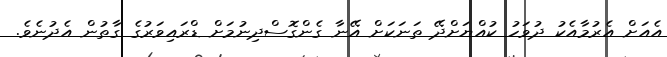
އެއަށް އެރުމާއެކު ދުވަހު ކުއްޔަށްދޭ ތަނަކަށް އޭނާ ގެންގޮސްދިނުމަށް ޑްރައިވަރުގެ ގާތުން އެދުނެވެ.